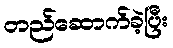
တည်ဆောက်ခဲ့ပြီး